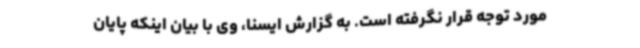
مورد توجه قرار نگرفته است. به گزارش ایسنا، وی با بیان اینکه پایان